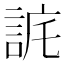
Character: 𧧉